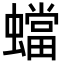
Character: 蟷